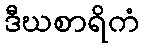
ဒီဃစာရိကံ